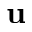
\mathbf { u }